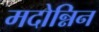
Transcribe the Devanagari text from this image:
मदोन्निन